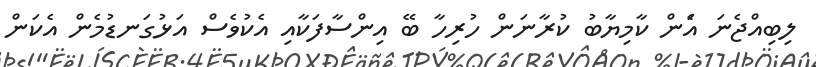
ލިބިއްޖެނަަ އެަން ކާމިޔާބު ކުރާނަން ހުރިހާ ބޭ އިންސާފަކާއި އެކުވެސް އަޅުގަނޑުމެން އެކަން